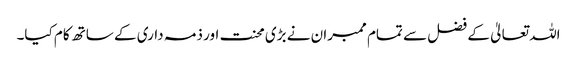
اللہ تعالیٰ کے فضل سے تمام ممبران نے بڑی محنت اور ذمہ داری کے ساتھ کام کیا۔